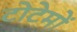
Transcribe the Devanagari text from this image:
टोटेमों